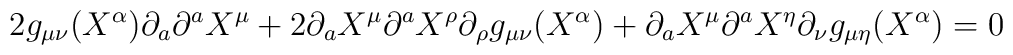
2g_{\mu\nu}(X^\alpha)\partial_a\partial^a X^\mu+2\partial_aX^\mu\partial^aX^\rho\partial_\rho g_{\mu\nu}(X^\alpha)+\partial_aX^\mu\partial^aX^\eta\partial_\nu g_{\mu\eta}(X^\alpha)=0